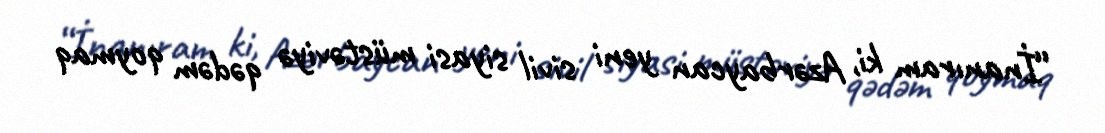
“İnanıram ki, Azərbaycan yeni sivil siyasi müstəviyə qədəm qoymaq